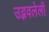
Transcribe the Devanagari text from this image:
उद्भवलेली